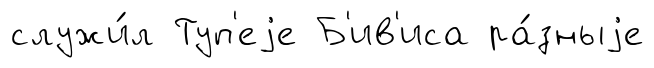
служи́л Туп'еjе Б'ив'иса ра́зныjе